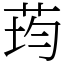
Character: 荺